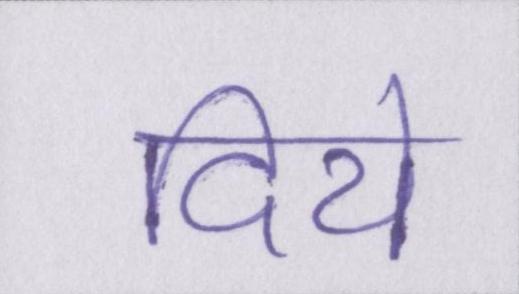
दिये